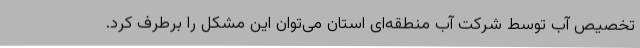
تخصیص آب توسط شرکت آب منطقه‌ای استان می‌توان این مشکل را برطرف کرد.